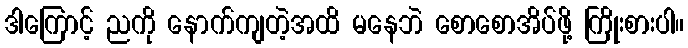
ဒါကြောင့် ညကို နောက်ကျတဲ့အထိ မနေဘဲ စောစောအိပ်ဖို့ ကြိုးစားပါ။